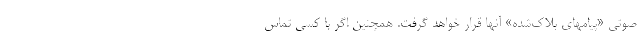
صوتی «پیامهای بلاک‌شده» آنها قرار خواهد گرفت. همچنین اگر با کسی تماس